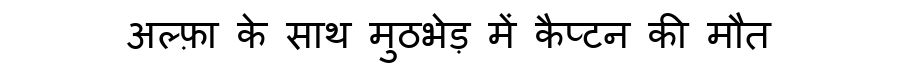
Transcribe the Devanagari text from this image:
अल्फ़ा के साथ मुठभेड़ में कैप्टन की मौत